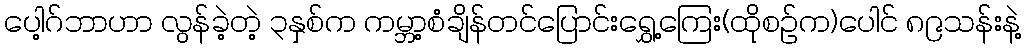
ပေါ့ဂ်ဘာဟာ လွန်ခဲ့တဲ့ ၃နှစ်က ကမ္ဘာ့စံချိန်တင်ပြောင်းရွှေ့ကြေး(ထိုစဉ်က)ပေါင် ၈၉သန်းနဲ့